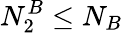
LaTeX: N_{2}^{B}\leq N_{B}